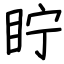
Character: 眝